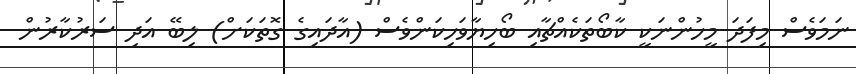
ނަމަވެސް މިފަދަ މީހުންނަކީ ކާބޯތަކެއްޗާއި ބޯހިޔާވަހިކަންވެސް (އާދައިގެ ގޮތަކަށް) ލިބޭ އަދި ސަރުކާރުން